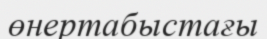
өнертабыстағы